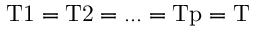
\mathrm { T 1 } = \mathrm { T 2 } = . . . = \mathrm { T p } = \mathrm { T }